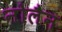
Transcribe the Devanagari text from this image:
नोलैन